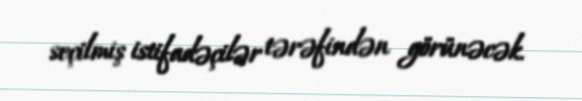
seçilmiş istifadəçilər tərəfindən görünəcək.